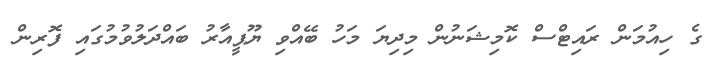
ގެ ހިއުމަން ރައިޓްސް ކޮމިޝަނުން މިދިޔަ މަހު ބޭއްވި ޔޫޕީއާރު ބައްދަލުވުމުގައި ފޮރިން